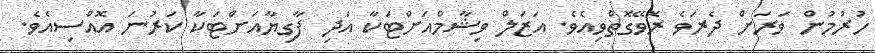
ހުރުމުން ވަރަށް ދެރަވެ ރޮވޭގޮތްވިއެވެ. އަޒަލް ވިޝާމްއަށްޓަކާ އަދި ފާގިޔާއަށްޓަކާ ކަރުނަ އޮއްސިއެވެ.